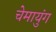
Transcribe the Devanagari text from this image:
चेमायुंग